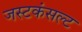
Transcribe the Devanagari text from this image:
जस्टकंसल्ट